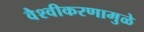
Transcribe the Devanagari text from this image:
वैश्वीकरणामुळे